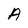
Character: A